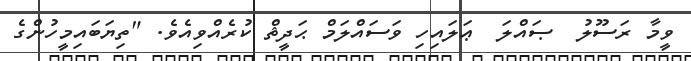
ވީމާ ރަސޫލު  ޞައްލަ  ޢަލައިހި ވަސައްލަމް ޙަދީޘް ކުރެއްވިއެވެ. "ތިޔަބައިމީހުންގެ